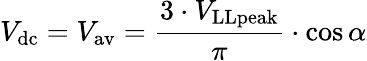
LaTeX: V_{\mathrm{dc}}=V_{\mathrm{av}}={\frac{3\cdot V_{\mathrm{LLpeak}}}{\pi}}\cdot\cos\alpha